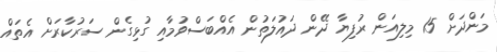
މަންދަށް 15 މިލިއަން ރުފިޔާ ދޭން ދައުލަތުން އެއްބަސްވުމާއި ގުޅިގެން ސަރުކާރަށް އެތައް